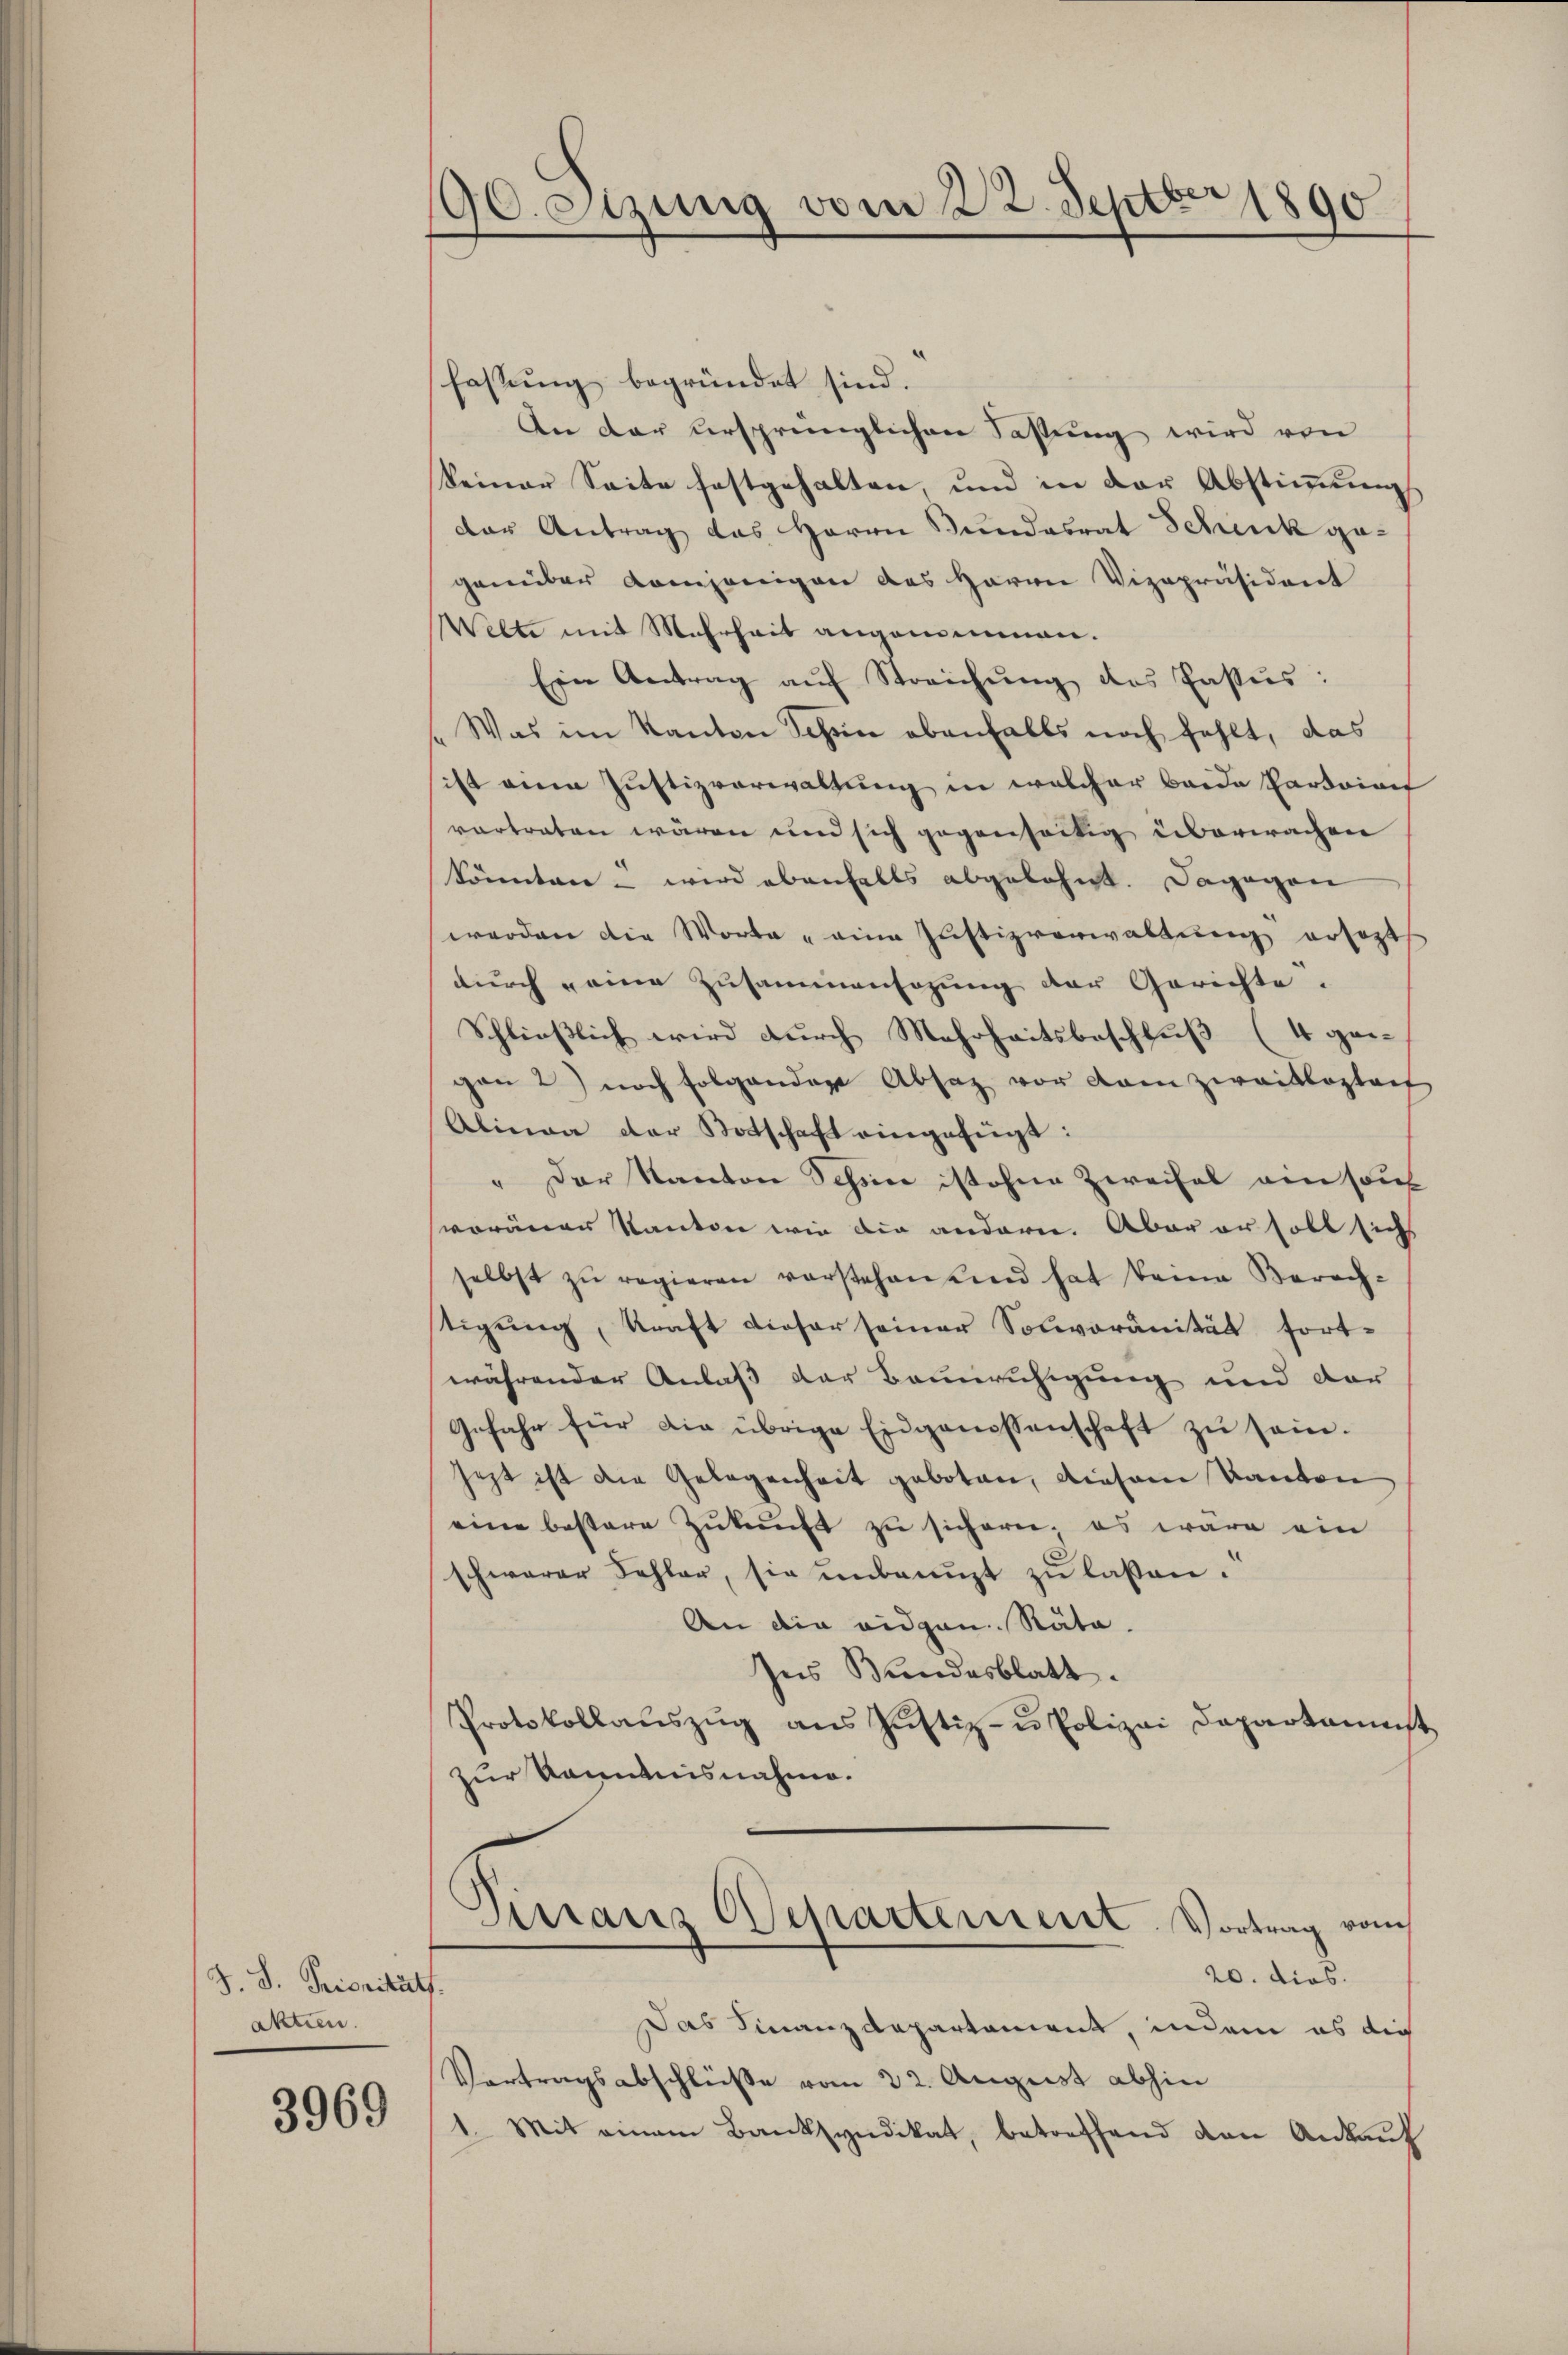
90. etzung vom 22. Septbr 1890

fassung begründet sind.
An der ursprünglichen Fassung wird von
keiner Seite festgehalten, und in der Abstimmung
der Antrag das Herrn Fundesrat Schenk gegenüber demjenigen des Herrn Vizepräsident
Welte mit Mehrheit angemeinen.
Ein Antrag aŭf Streichŭng des Pastŭs:
Was im Kanton Schön ebenfalls noch fehlt, das
ist eine Justizverwaltung in welcher beide Pardoinit
vortraten wären und sich gegenseitig überwachen
Sönnten u wird ebenfalls abgelehnt. Dagegen
werden die Worte " eine Justizverwaltŭng ersezt
durch eine Zusammensatzung der Gerichte.
Schließlich wird durch Mehrheitsbeschluß (4 geigan 2) noch folgenden Absaz vor kain zwaiklosteif
Alinea der Botschaft eingefügt:
" Der Kanton Schöne ist ohne Zweifel am sous
woränen Kanton wie die anderen. Aber er soll sich
selbst zŭ regieren vorstehen und hat keine Berech-
tigŭng, Kraft dieser seiner Solivoranität fort-
währender Anlaß der Beunruhigung und der
Gefahr für die übrige Eidgenossenschaft zu sein.
jetzt ist die Gelegenheit geboten, diesem Kanton
eine bestere Zukunft zu sichern, es wäre ein
schwerer Fehler, sie unbenuzt zu lassen.
An die eidgen. Räte.
Ins Bundesblatt.
Protokollaŭszŭg ans Jŭstiz- u Polizei Departamenst
zur Kenntnisnahme.
Pinraus Departement. Vortrag vom
20. dies.
Das Finanzdepartament, indem es die
Vortragsabschlüße vom 22. August abhin
1. Mit einem Banksyndikat, betreffend den Ankauf

J. S. Prioritäts
aktien.

3969